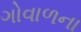
ગોવાળના